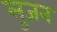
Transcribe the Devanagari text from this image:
लुजन